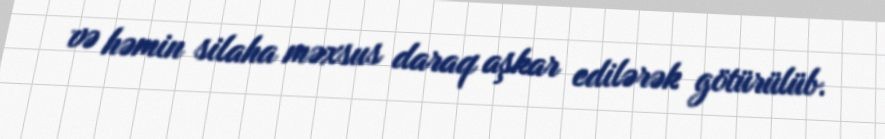
və həmin silaha məxsus daraq aşkar edilərək götürülüb.